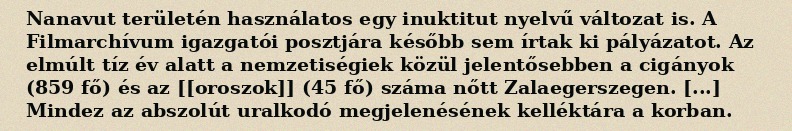
Nanavut területén használatos egy inuktitut nyelvű változat is. A Filmarchívum igazgatói posztjára később sem írtak ki pályázatot. Az elmúlt tíz év alatt a nemzetiségiek közül jelentősebben a cigányok (859 fő) és az [[oroszok]] (45 fő) száma nőtt Zalaegerszegen. [...] Mindez az abszolút uralkodó megjelenésének kelléktára a korban.